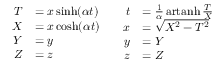
{ \begin{array} { c c } { { \begin{array} { r l } { T } & { = x \sinh ( \alpha t ) } \\ { X } & { = x \cosh ( \alpha t ) } \\ { Y } & { = y } \\ { Z } & { = z } \end{array} } } & { { \begin{array} { r l } { t } & { = { \frac { 1 } { \alpha } } \operatorname { a r t a n h } { \frac { T } { X } } } \\ { x } & { = { \sqrt { X ^ { 2 } - T ^ { 2 } } } } \\ { y } & { = Y } \\ { z } & { = Z } \end{array} } } \end{array} }